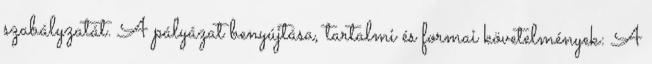
szabályzatát. A pályázat benyújtása, tartalmi és formai követelmények: A